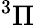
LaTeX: ^3\Pi